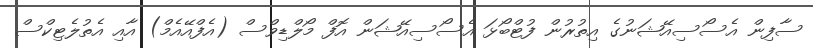
ސާފިން އެސޯސިއޭޝަނުގެ އިތުރުން ފުޓްބޯޅަ އެސޯސިއޭޝަން އޮފް މޯލްޑިވްސް (އެފްއޭއެމް) އާއި އެތުލެޓިކްސް